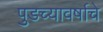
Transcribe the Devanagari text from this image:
पुडच्यावर्षाचे